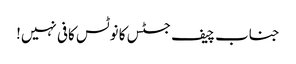
جناب چیف جسٹس کا نوٹس کافی نہیں!